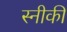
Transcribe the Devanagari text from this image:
स्नीकी